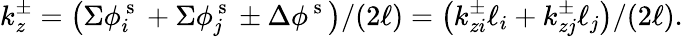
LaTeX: k_{z}^{\pm}=\left(\Sigma\phi_{i}^{\mathrm{~s~}}+\Sigma\phi_{j}^{\mathrm{~s~}}\pm\Delta\phi^{\mathrm{~s~}}\right)/(2\ell)=\left(k_{zi}^{\pm}\ell_{i}+k_{zj}^{\pm}\ell_{j}\right)/(2\ell).